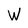
Character: W